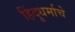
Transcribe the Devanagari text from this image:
हिंदुधर्माचे